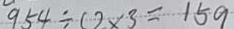
9 5 4 \div ( 2 \times 3 = 1 5 9